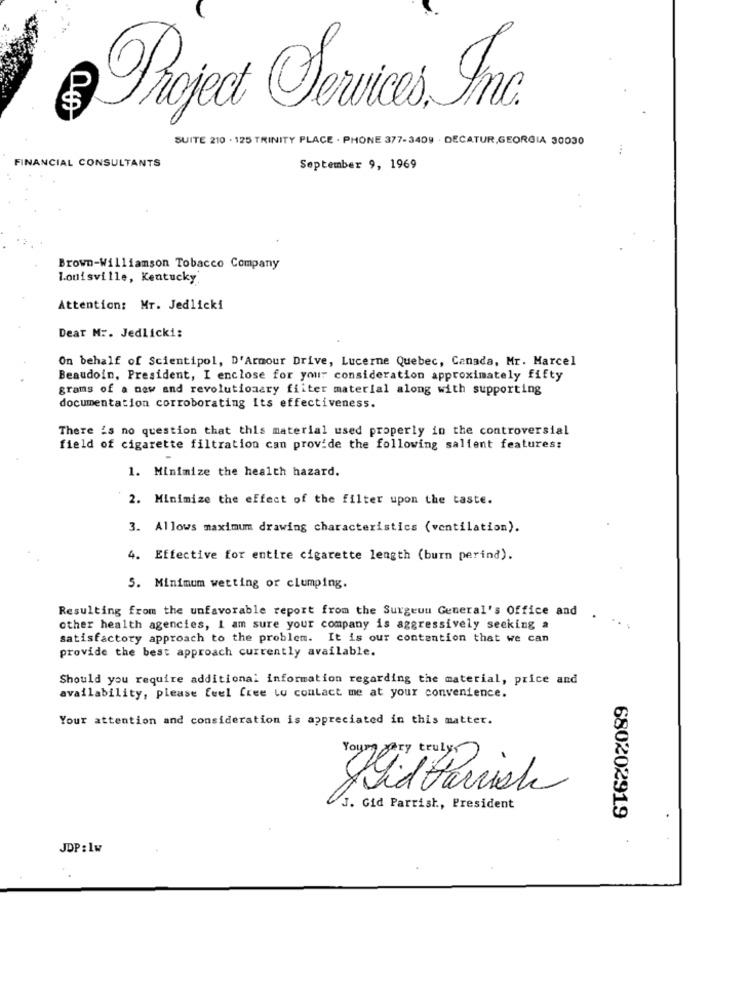
SUITE 210 . 125 TRINITY PLACE - PHONE 377-3409 · DECATUR,GEORGIA 30030
FINANCIAL CONSULTANTS
September 9, 1969
Brown-Williamson Tobacco Company
Louisville, Kentucky
Attention: Mr. Jedlicki
Dear Mr. Jedlicki:
On behalf of Scientipol, D'Armour Drive, Lucerne Quebec, Canada, Mr. Marcel
Beaudoin, President, I enclose for your consideration approximately fifty
grams of a new and revolutionary fiiter material along with supporting
documentation corroborating Its effectiveness.
There is no question that this material used properly in the controversial
field of cigarette filtration can provide the following salient features:
1. Minimize the health hazard.
2. Minimize the effect of the filter upon the taste.
3. Allows maximum drawing characteristics (ventilation).
4. Effective for entire cigarette length (burn perind).
5. Minimum wetting or clumping.
Resulting from the unfavorable report from the Surgeuu General's Office and .
other health agencies, I am sure your company is aggressively seeking a
satisfactory approach to the problem. It is our contention that we can
provide the best approach currently available.
Should you require additional information regarding the material, price and
availability, please feel free to contact me at your convenience.
Your attention and consideration is appreciated in this matter.
PSid Farish
J. Gid Parrish ., President
680202919
JDP : 1w